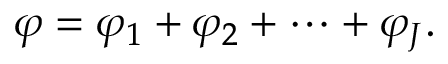
\varphi = \varphi _ { 1 } + \varphi _ { 2 } + \cdots + \varphi _ { J } .